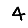
Digit: 4